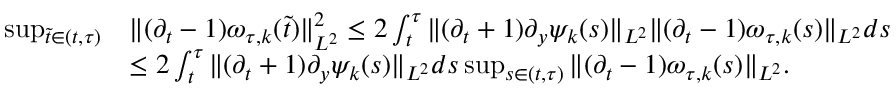
\begin{array} { r l } { \operatorname* { s u p } _ { \tilde { t } \in ( t , \tau ) } } & { \| ( \partial _ { t } - 1 ) \omega _ { \tau , k } ( \tilde { t } ) \| _ { L ^ { 2 } } ^ { 2 } \leq 2 \int _ { t } ^ { \tau } \| ( \partial _ { t } + 1 ) \partial _ { y } \psi _ { k } ( s ) \| _ { L ^ { 2 } } \| ( \partial _ { t } - 1 ) \omega _ { \tau , k } ( s ) \| _ { L ^ { 2 } } d s } \\ & { \leq 2 \int _ { t } ^ { \tau } \| ( \partial _ { t } + 1 ) \partial _ { y } \psi _ { k } ( s ) \| _ { L ^ { 2 } } d s \operatorname* { s u p } _ { s \in ( t , \tau ) } \| ( \partial _ { t } - 1 ) \omega _ { \tau , k } ( s ) \| _ { L ^ { 2 } } . } \end{array}